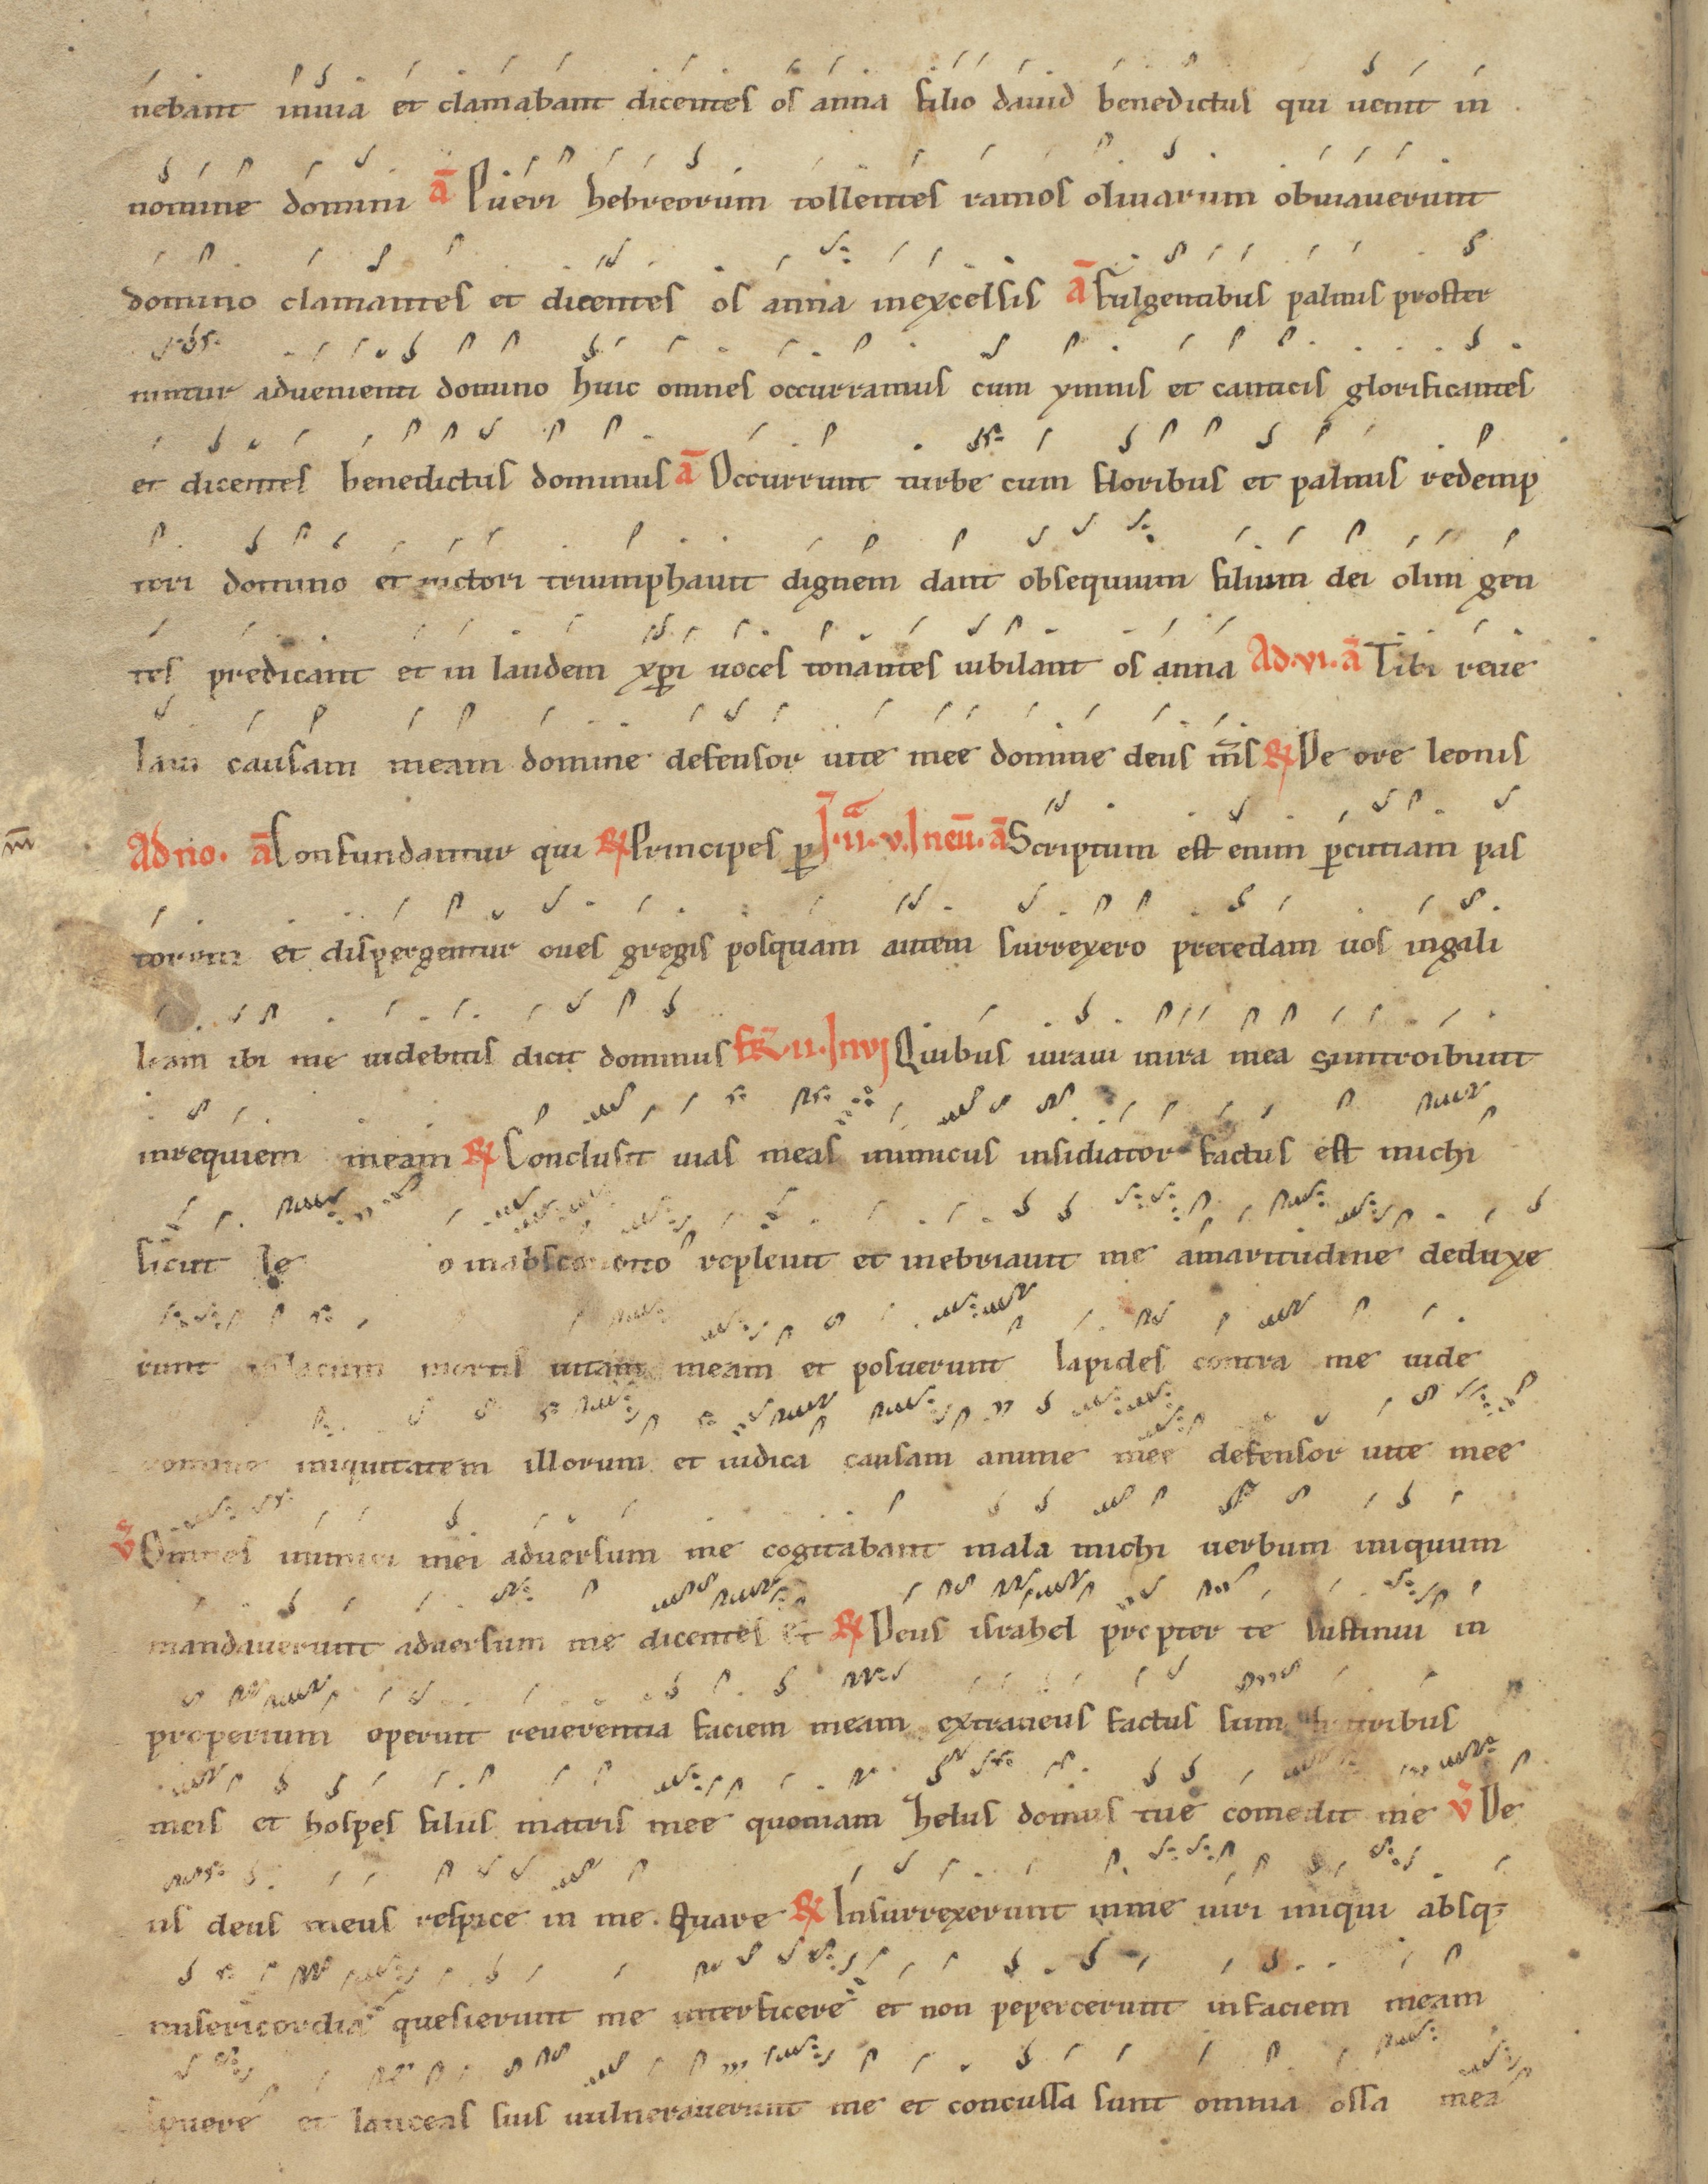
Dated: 1200–1299